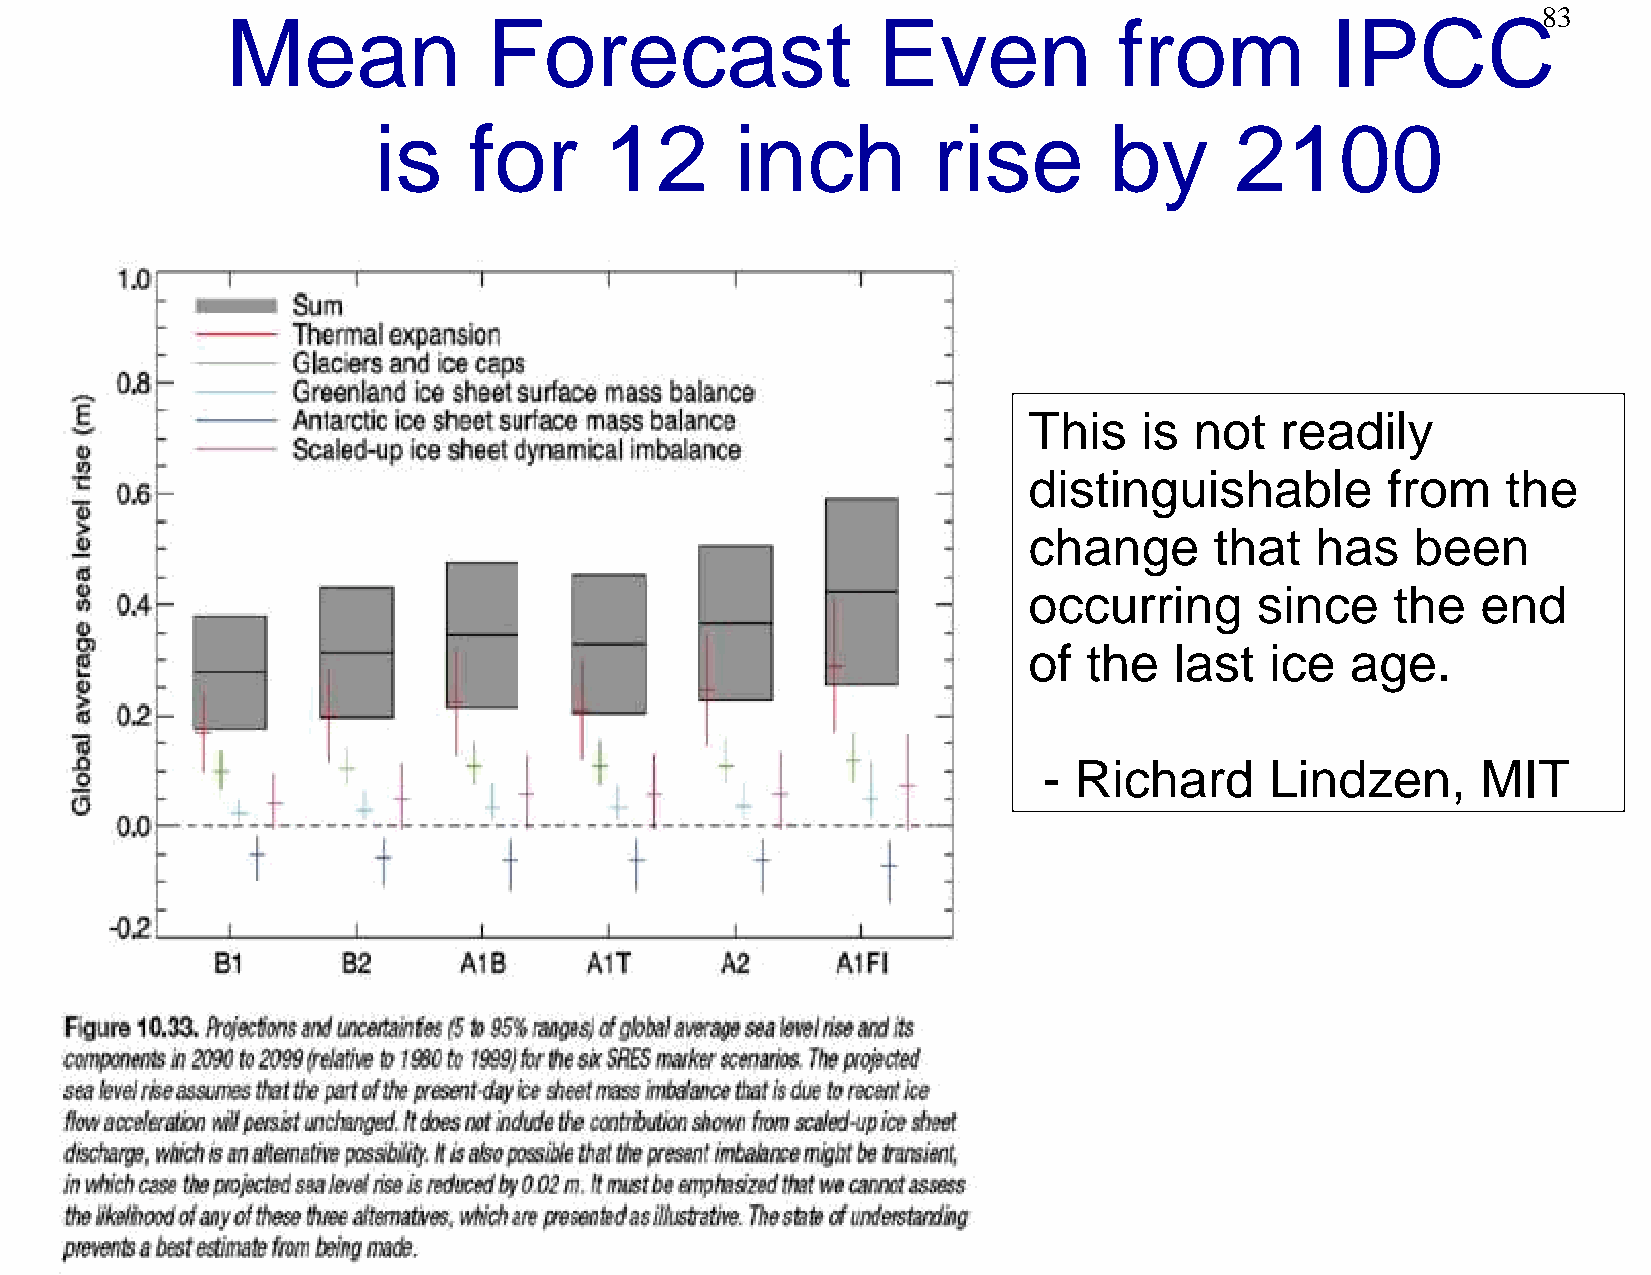
83
 Mean             Forecast                  Even            from          IPCC
 is    for      12       inch         rise       by       2100
 This    is not   readily
 distinguishable         from    the
 change      that   has    been
 occurring      since    the   end
 of  the   last  ice  age.
 - Richard      Lindzen,      MIT